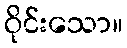
ဝိုင်းသော။